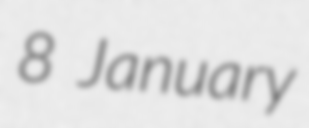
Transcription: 8 January